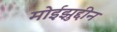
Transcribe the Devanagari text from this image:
मोईझुद्दीन